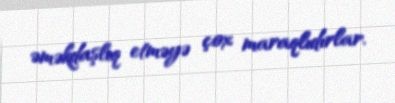
əməkdaşlıq etməyə çox maraqlıdırlar.